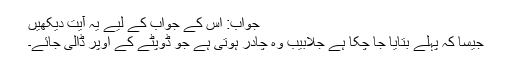
جواب: اس کے جواب کے لیے یہ آیت دیکھیں
جیسا کہ پہلے بتایا جا چکا ہے جلابیب وہ چادر ہوتی ہے جو ڈوپٹے کے اوپر ڈالی جائے۔